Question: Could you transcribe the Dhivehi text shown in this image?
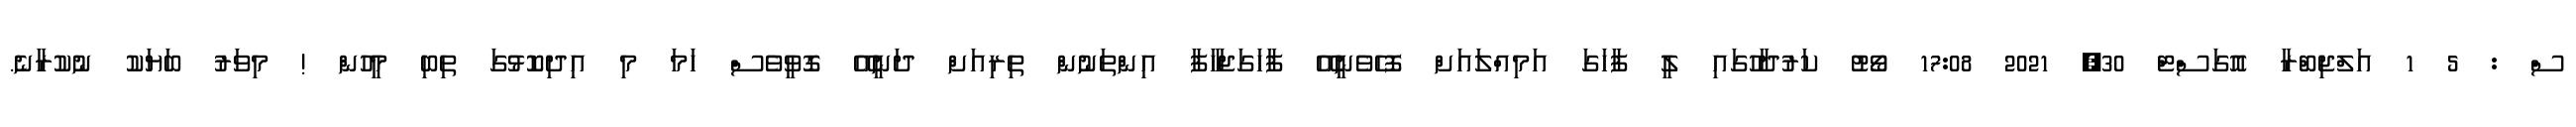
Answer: ސް : 5 1 އަލްޖިބްރާ އޮގަސްޓް 30, 2021 17:08 ވޯޓު ކަރުދާހުގައި ލީ ފާހަގަ އަމިއްލައަށް ފޮހެވެނީއޭ ފާހަގަޖަހާފާ އިންތަނުން ތިރިއަށް ދަނީއޭ ގޮވީވެސް ހަމަ މި އިދިކޮޅުގަ ތިބި މީހުން ! މިވަރު ބަޔަކު ނުކުރާނެ.